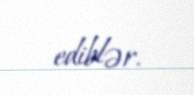
ediblər.